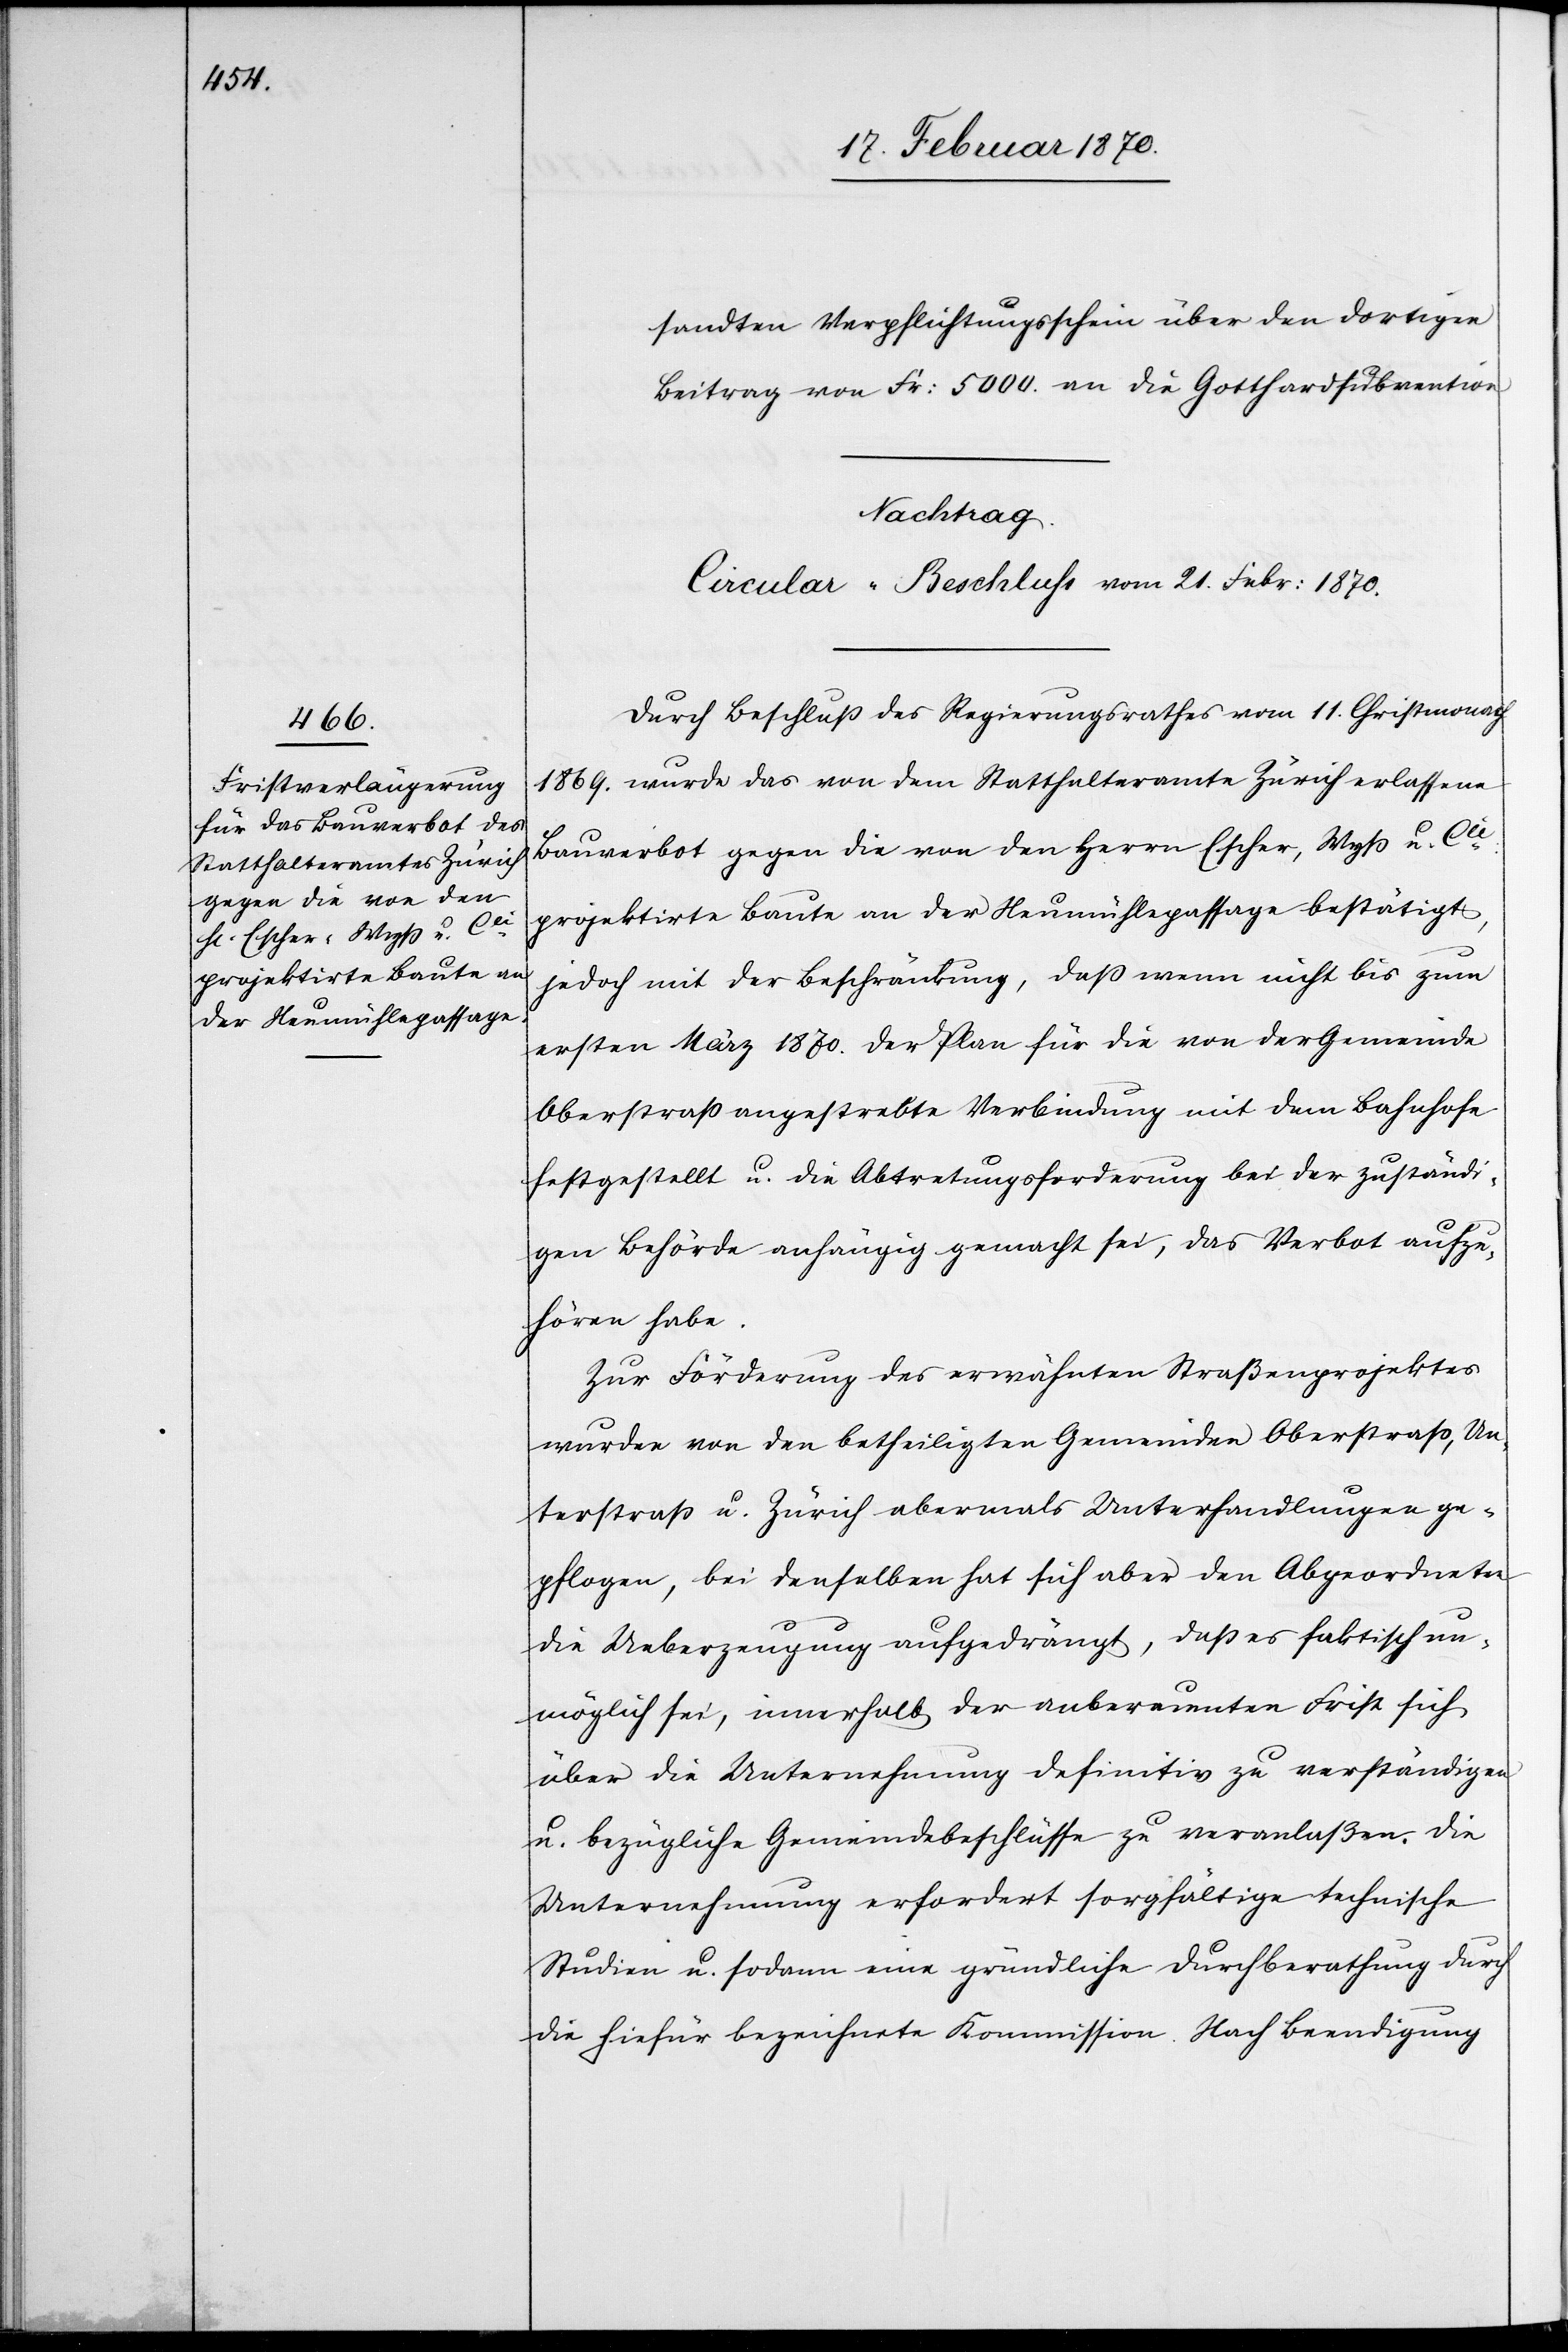
sandten Verpflichtungsschein über den dortigen
Beitrag von Fr: 5000. an die Gotthardsubvention.
Nachtrag.
Circular-Beschluss vom 21. Febr: 1870.
Durch Beschluß des Regierungsrathes vom 11. Christmonath
1869. wurde das von dem Statthalteramte Zürich erlassene
Bauverbot gegen die von den Herrn Escher, Wyß u. Cie.
projektirte Baute an der Neumühlepassage bestätigt,
jedoch mit der Beschränkung, daß wenn nicht bis zum
ersten März 1870 der Plan für die von der Gemeinde
Oberstraß angestrebte Verbindung mit dem Bahnhofe
festgestellt u. die Abtretungsforderung bei der zuständi¬
gen Behörde anhängig gemacht sei, das Verbot aufzu¬
hören habe.
Zur Förderung des erwähnten Straßenprojektes
wurden von den betheiligten Gemeinden Oberstraß, Un¬
terstraß u. Zürich abermals Unterhandlungen ge¬
pflogen, bei denselben hat sich aber den Abgeordneten
die Ueberzeugung aufgedrängt, daß es faktisch un¬
möglich sei, innerhalb der anberaumten Frist sich
über die Unternehmung definitiv zu verständigen
u. bezügliche Gemeindebeschlüsse zu veranlaßen. Die
Unternehmung erfordert sorgfältige technische
Studien u. sodann eine gründliche Durchberathung durch
die hiefür bezeichnete Kommission. Nach Beendigung